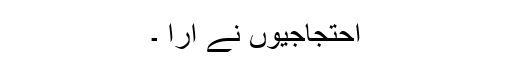
احتجاجیوں نے ارا ۔